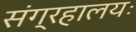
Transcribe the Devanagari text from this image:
संग्रहालयः